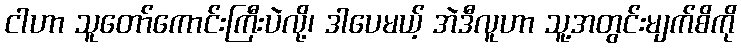
ငါဟာ သူတော်ကောင်းကြီးပဲလို့၊ ဒါပေမယ့် အဲဒီလူဟာ သူ့အတွင်းမျက်စိကို